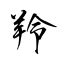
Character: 羚